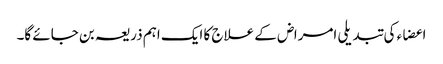
اعضاء کی تبدیلی امراض کے علاج کا ایک اہم ذریعہ بن جائے گا۔